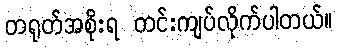
တရုတ်အစိုးရ တင်းကျပ်လိုက်ပါတယ်။